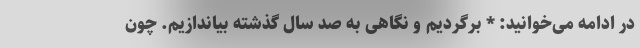
در ادامه می‌خوانید: * برگردیم و نگاهی به صد سال گذشته بیاندازیم. چون